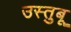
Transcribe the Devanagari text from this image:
उस्तुबू